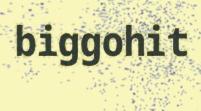
biggohit